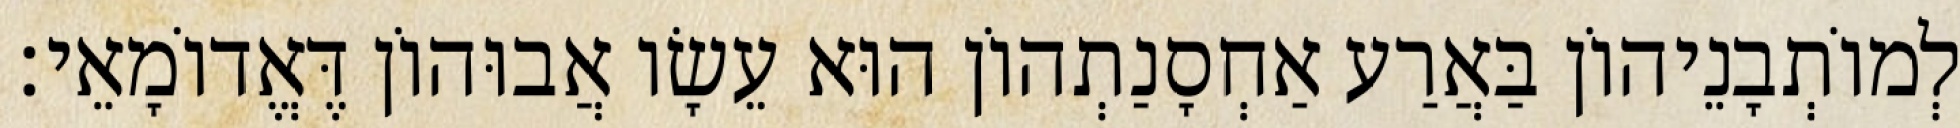
לְמוֹתְבָנֵיהוֹן בַּאֲרַע אַחְסָנַתְהוֹן הוּא עֵשָׂו אֲבוּהוֹן דֶּאֱדוֹמָאֵי׃